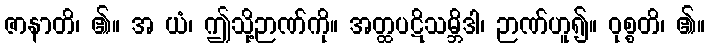
ဇာနာတိ၊ ၏။ အ ယံ၊ ဤသို့ဉာဏ်ကို။ အတ္ထပဋိသမ္ဘိဒါ၊ ဉာဏ်ဟူ၍။ ဝုစ္စတိ၊ ၏။